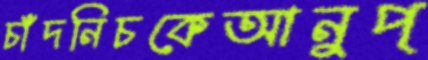
চাঁদনিচকেআনুপ্